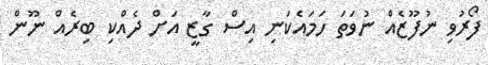
ފޯރުވި ނުފޫޒެއް ނުވަތަ ހަމައެކަނި އިސް ގާޒީ އަށް ދެއްކި ބިރެއް ނޫން